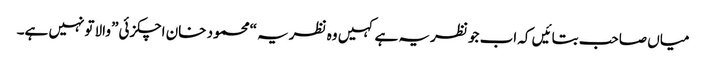
میاں صاحب بتائیں کہ اب جو نظریہ ہے کہیں وہ نظریہ “محمود خان اچکزئی” والا تونہیں ہے۔